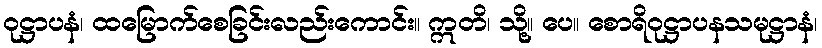
ဝုဋ္ဌာပနံ၊ ထမြောက်စေခြင်းလည်းကောင်း။ ဣတိ၊ သို့။ ပေ။ စောရိဝုဋ္ဌာပနသမုဋ္ဌာနံ၊